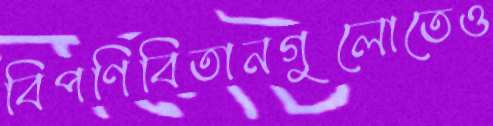
বিপণিবিতানগুলোতেও